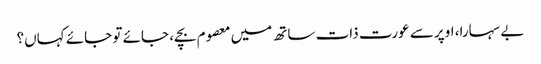
بے سہارا، اوپر سے عورت ذات ساتھ میں معصوم بچے، جائے تو جائے کہاں؟